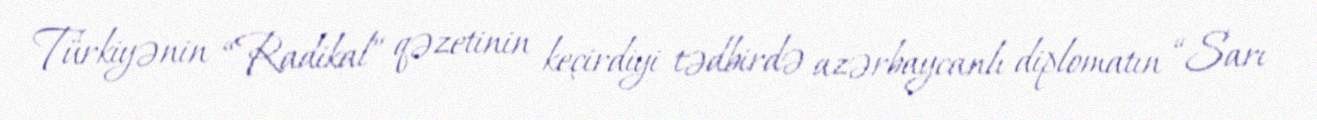
Türkiyənin “Radikal” qəzetinin keçirdiyi tədbirdə azərbaycanlı diplomatın “Sarı